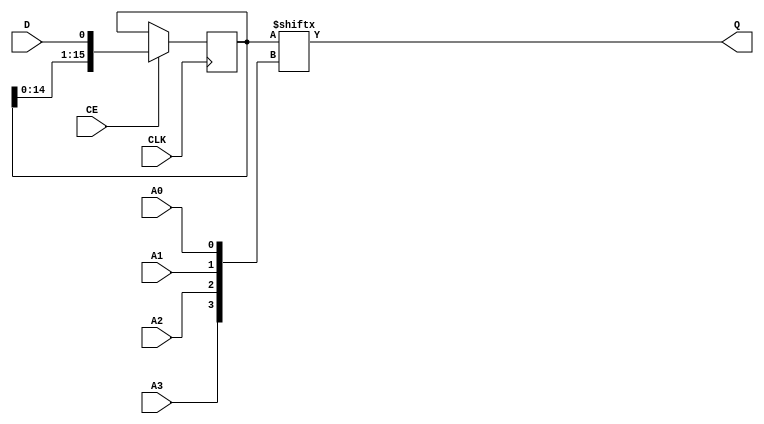
`timescale  1 ps / 1 ps


module SRL16E (Q, A0, A1, A2, A3, CE, CLK, D);

    parameter INIT = 16'h0000;

    output Q;

    input  A0, A1, A2, A3, CE, CLK, D;

    reg  [15:0] data;


    assign Q = data[{A3, A2, A1, A0}];

    initial data = INIT;

    always @(posedge CLK)
    begin
	if (CE == 1'b1) begin
	    {data[15:0]} <= /* NOTE #100 */ {data[14:0], D};
	end
    end


endmodule